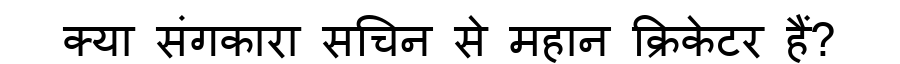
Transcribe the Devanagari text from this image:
क्या संगकारा सचिन से महान क्रिकेटर हैं?